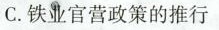
C.铁业官营政策的推行